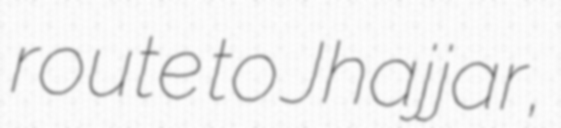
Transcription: route to Jhajjar,